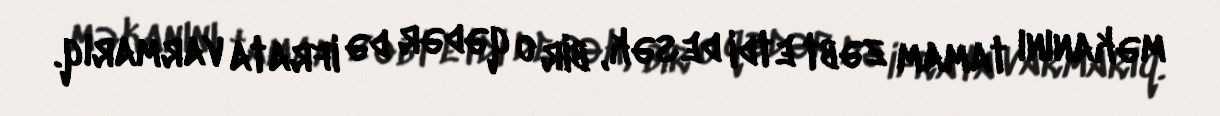
məkanını tamam zəbt etdi desək, bir o qədər də ifrata varmarıq.